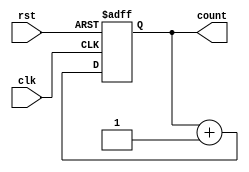
module up_counter_moore (
    input wire clk,   // Clock signal
    input wire rst,   // Asynchronous reset
    output reg [2:0] count // 3-bit output count
);

// State transition logic
always @(posedge clk or posedge rst) begin
    if (rst) begin
        count <= 3'b000; // Reset count to 0
    end else begin
        count <= count + 1; // Increment count on clock edge
    end
end

endmodule